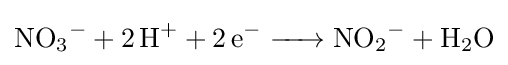
{\ce {NO3^- + 2H^+ + 2e^- -> NO2^- + H2O}}